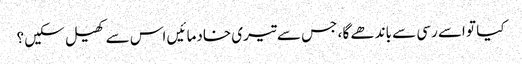
کیا تو اسے رسی سے باندھے گا ، جس سے تیری خادما ئیں اس سے کھیل سکیں ؟